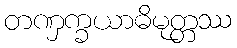
တဏှက္ခယာဓိမုတ္တဿ